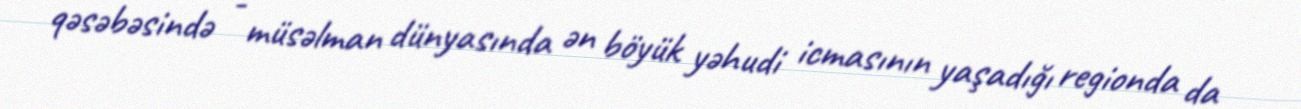
qəsəbəsində - müsəlman dünyasında ən böyük yəhudi icmasının yaşadığı regionda da